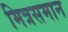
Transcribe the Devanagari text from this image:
मित्रसमान